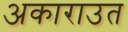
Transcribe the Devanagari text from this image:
अकाराउत